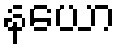
နယော